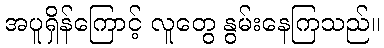
အပူရှိန်ကြောင့် လူတွေ နွမ်းနေကြသည်။